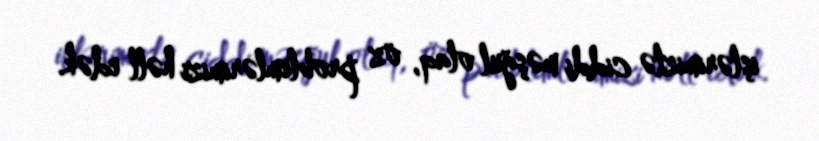
işlərimizlə ciddi məşğul olaq, öz problemlərimizi həll edək.